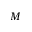
M